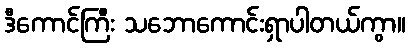
ဒီကောင်ကြီး သဘောကောင်းရှာပါတယ်ကွာ။